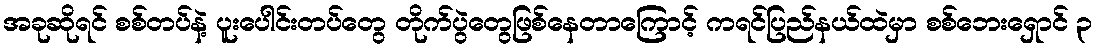
အခုဆိုရင် စစ်တပ်နဲ့ ပူးပေါင်းတပ်တွေ တိုက်ပွဲတွေဖြစ်နေတာကြောင့် ကရင်ပြည်နယ်ထဲမှာ စစ်ဘေးရှောင် ၃